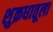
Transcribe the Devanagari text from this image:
शुक्रधातूला